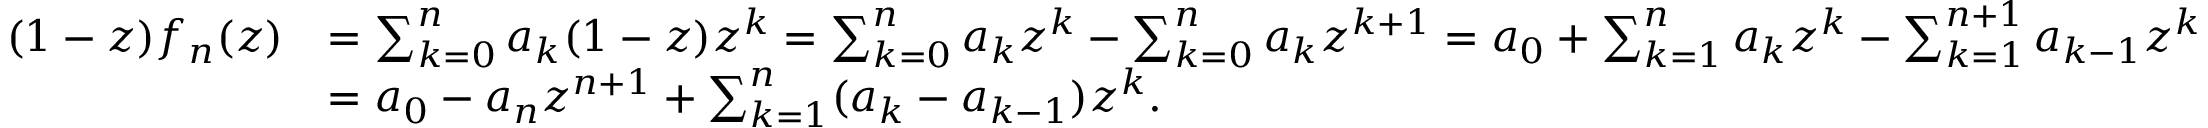
{ \begin{array} { r l } { ( 1 - z ) f _ { n } ( z ) } & { = \sum _ { k = 0 } ^ { n } a _ { k } ( 1 - z ) z ^ { k } = \sum _ { k = 0 } ^ { n } a _ { k } z ^ { k } - \sum _ { k = 0 } ^ { n } a _ { k } z ^ { k + 1 } = a _ { 0 } + \sum _ { k = 1 } ^ { n } a _ { k } z ^ { k } - \sum _ { k = 1 } ^ { n + 1 } a _ { k - 1 } z ^ { k } } \\ & { = a _ { 0 } - a _ { n } z ^ { n + 1 } + \sum _ { k = 1 } ^ { n } ( a _ { k } - a _ { k - 1 } ) z ^ { k } . } \end{array} }